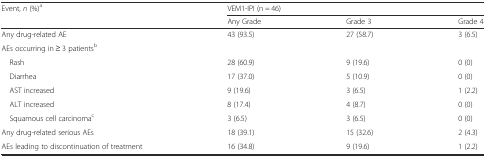
<table><thead><tr><td><b>Event, <i>n</i> (%)<sup>a</sup></b></td><td colspan="3"><b>VEM1-IPI (n = 46)</b></td></tr><tr><td></td><td><b>Any Grade</b></td><td><b>Grade 3</b></td><td><b>Grade 4</b></td></tr></thead><tbody><tr><td>Any drug-related AE</td><td>43 (93.5)</td><td>27 (58.7)</td><td>3 (6.5)</td></tr><tr><td>AEs occurring in ≥ 3 patients<sup>b</sup></td><td></td><td></td><td></td></tr><tr><td> Rash</td><td>28 (60.9)</td><td>9 (19.6)</td><td>0 (0)</td></tr><tr><td> Diarrhea</td><td>17 (37.0)</td><td>5 (10.9)</td><td>0 (0)</td></tr><tr><td> AST increased</td><td>9 (19.6)</td><td>3 (6.5)</td><td>1 (2.2)</td></tr><tr><td> ALT increased</td><td>8 (17.4)</td><td>4 (8.7)</td><td>0 (0)</td></tr><tr><td> Squamous cell carcinoma<sup>c</sup></td><td>3 (6.5)</td><td>3 (6.5)</td><td>0 (0)</td></tr><tr><td>Any drug-related serious AEs</td><td>18 (39.1)</td><td>15 (32.6)</td><td>2 (4.3)</td></tr><tr><td>AEs leading to discontinuation of treatment</td><td>16 (34.8)</td><td>9 (19.6)</td><td>1 (2.2)</td></tr></tbody></table>